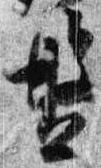
盤